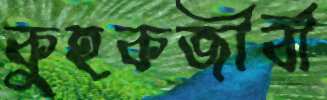
কুহকজীবী